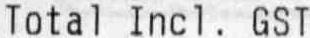
TOTAL INCL. GST